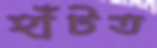
হাঁটত